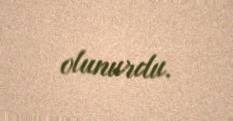
olunurdu.